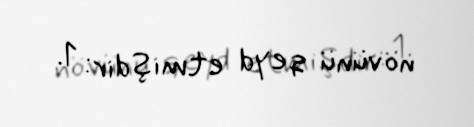
növünü qeyd etmişdir: 1.